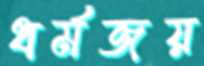
ধর্মজয়